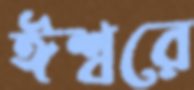
ঈশ্বরে